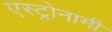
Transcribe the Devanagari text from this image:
एस्ट्रोनामी